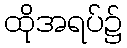
ထိုအရပ်၌